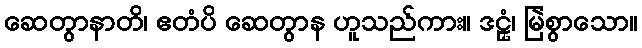
ဆေတွာနာတိ၊ ဧတံပိ ဆေတွာန ဟူသည်ကား။ ဒဠှံ၊ မြဲစွာသော။